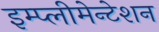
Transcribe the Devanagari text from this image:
इम्प्लीमेन्टेशन